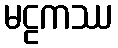
မဠကဿ